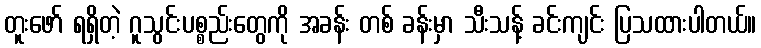
တူးဖော် ရရှိတဲ့ ဂူသွင်းပစ္စည်းတွေကို အခန်း တစ် ခန်းမှာ သီးသန့် ခင်းကျင်း ပြသထားပါတယ်။